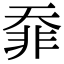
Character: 䨿